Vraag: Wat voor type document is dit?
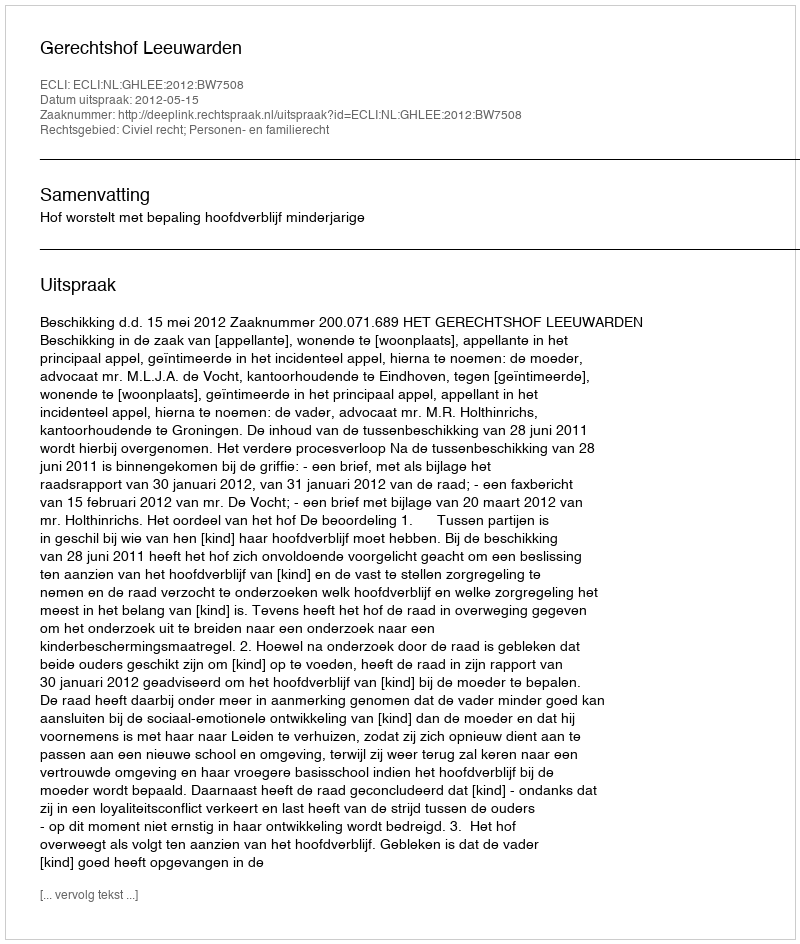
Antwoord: Uitspraak